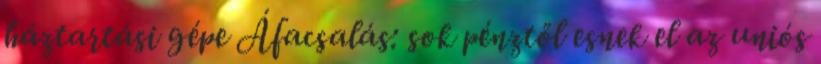
háztartási gépe Áfacsalás: sok pénztől esnek el az uniós